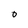
Character: O